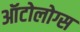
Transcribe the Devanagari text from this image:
ऑटोलोग्स